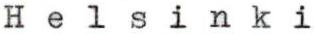
He l s i n k i